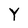
Character: Y